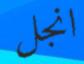
انجل